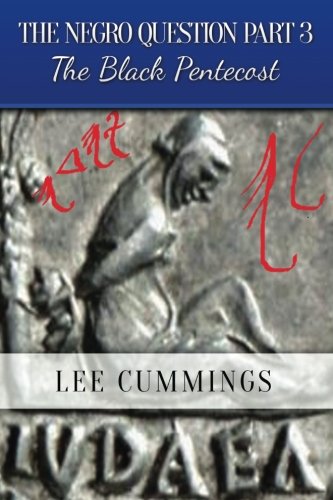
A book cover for THE NEGRO QUESTION PART 3 The Black Pentecost (Volume 3); Lee Cummings; History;